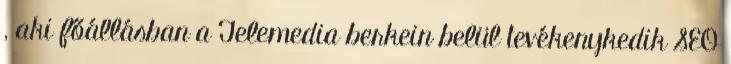
, aki főállásban a Telemedia berkein belül tevékenykedik SEO